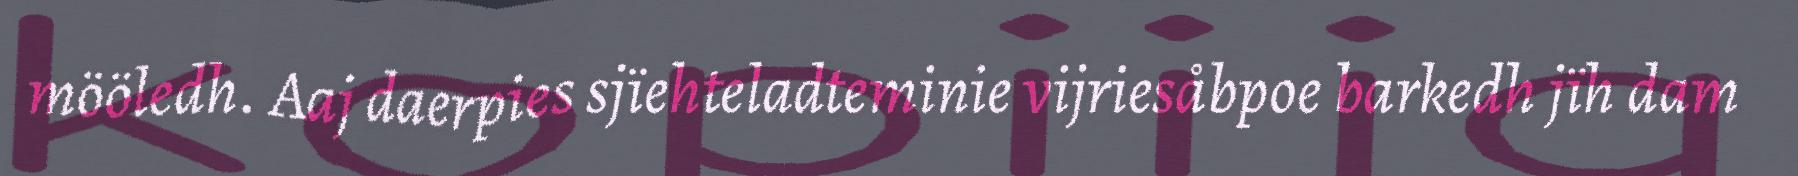
mööledh. Aaj daerpies sjïehteladteminie vijriesåbpoe barkedh jïh dam